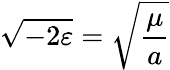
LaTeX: {\sqrt{-2\varepsilon}}={\sqrt{\frac{\mu}{a}}}